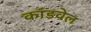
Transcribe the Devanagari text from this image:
कांडवेल